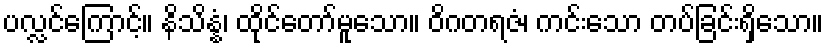
ပလ္လင်ကြောင့်။ နိသိန္နံ၊ ထိုင်တော်မူသော။ ဝိဂတရဇံ၊ ကင်းသော တပ်ခြင်းရှိသော။